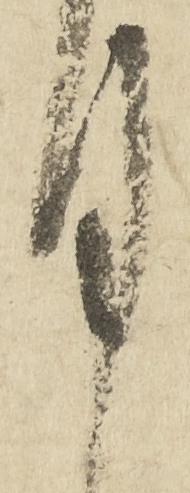
月